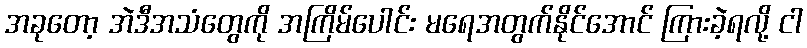
အခုတော့ အဲဒီအသံတွေကို အကြိမ်ပေါင်း မရေအတွက်နိုင်အောင် ကြားခဲ့ရလို့ ငါ